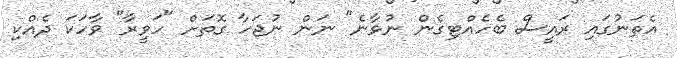
އެތަނުގައި ރައީސް ބެހެއްޓިގެން ނުވާނެ" ނަން ނުޖަހާ ގޮތަށް "ހަވީރާ" ވާހަކަ ދެއްކި